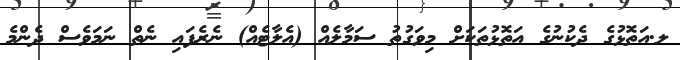
ލ.އަތޮޅުގެ ދެކުނުގެ އަތޮޅުތަކަށް މިވަގުތު ސަމާލެއް (އެލާޓެއް) ނެެރެފައި ނެތް ނަމަވެސް ދެންމެ